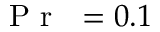
\mathrm { ~ \textit ~ { ~ P ~ r ~ } ~ } = 0 . 1